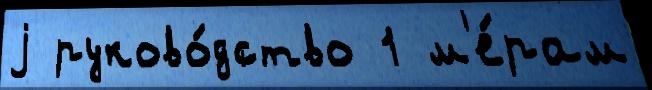
j руково́дство 1 м'е́рам